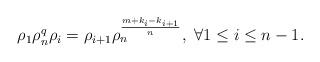
LaTeX: \begin{align*}\rho_{1} \rho_n^q \rho_{i}=\rho_{i+1} \rho_n^{\frac{m+k_i-k_{i+1}}{n}},~\forall 1\leq i \leq n-1.\end{align*}